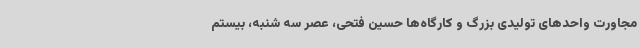
مجاورت واحدهای تولیدی بزرگ و کارگاه‌ها حسین فتحی، عصر سه شنبه، بیستم